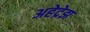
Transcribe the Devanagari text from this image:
अहेद्रेझ